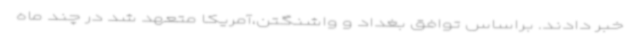
خبر دادند. براساس توافق بغداد و واشنگتن،آمریکا متعهد شد در چند ماه